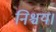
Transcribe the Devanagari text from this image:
निश्चय।